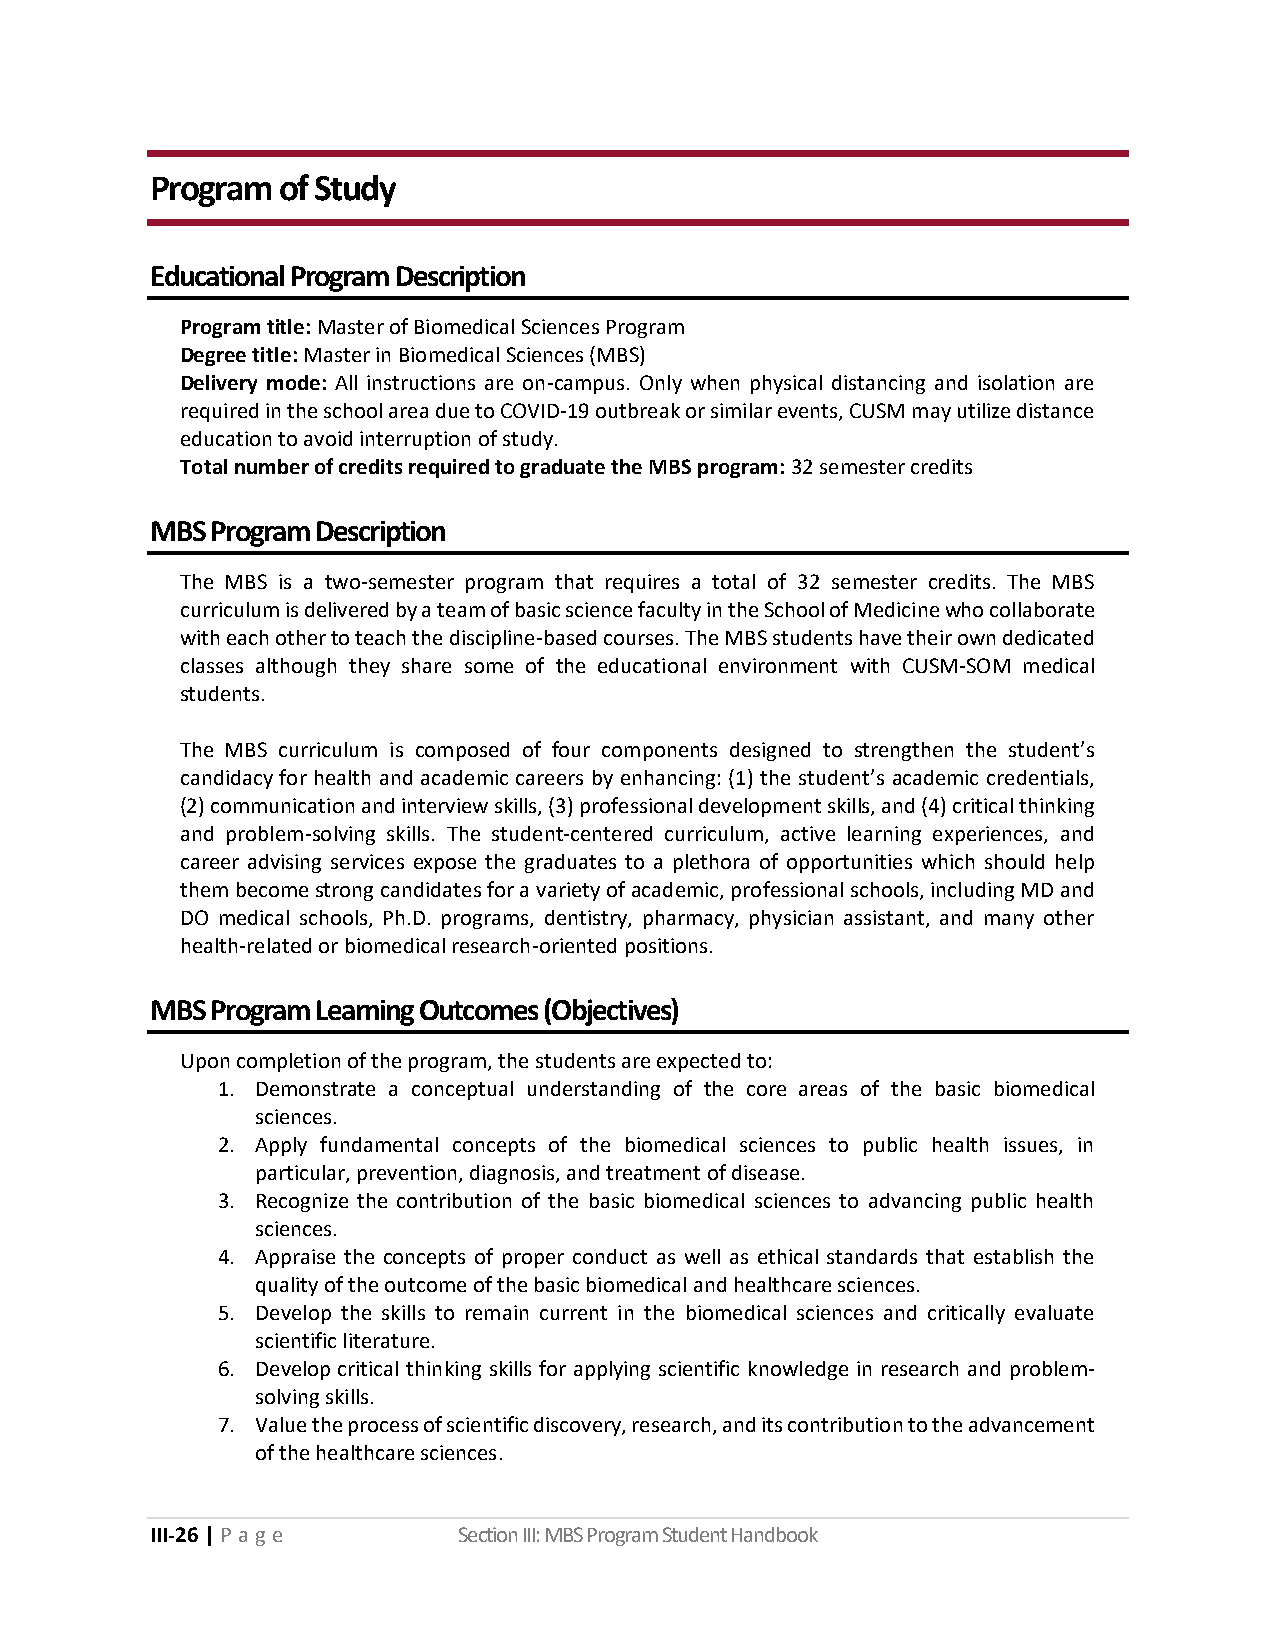
Program of Study
 Educational Program Description
 Program title: Master of Biomedical Sciences Program
 Degree title: Master in Biomedical Sciences (MBS)
 Delivery mode: All instructions are on-campus. Only when physical distancing and isolation are
 required in the school area due to COVID-19 outbreak or similar events, CUSM may utilize distance
 education to avoid interruption of study.
 Total number of credits required to graduate the MBS program: 32 semester credits
 MBS Program Description
 The MBS is a two-semester program that requires a total of 32 semester credits. The MBS
 curriculum is delivered by a team of basic science faculty in the School of Medicine who collaborate
 with each other to teach the discipline-based courses. The MBS students have their own dedicated
 classes although they share some of the educational environment with CUSM-SOM medical
 students.
 The MBS curriculum is composed of four components designed to strengthen the student’s
 candidacy for health and academic careers by enhancing: (1) the student’s academic credentials,
 (2) communication and interview skills, (3) professional development skills, and (4) critical thinking
 and problem-solving skills. The student-centered curriculum, active learning experiences, and
 career advising services expose the graduates to a plethora of opportunities which should help
 them become strong candidates for a variety of academic, professional schools, including MD and
 DO medical schools, Ph.D. programs, dentistry, pharmacy, physician assistant, and many other
 health-related or biomedical research-oriented positions.
 MBS Program Learning Outcomes (Objectives)
 Upon completion of the program, the students are expected to:
 1. Demonstrate a conceptual understanding of the core areas of the basic biomedical
 sciences.
 2. Apply fundamental concepts of the biomedical sciences to public health issues, in
 particular, prevention, diagnosis, and treatment of disease.
 3. Recognize the contribution of the basic biomedical sciences to advancing public health
 sciences.
 4. Appraise the concepts of proper conduct as well as ethical standards that establish the
 quality of the outcome of the basic biomedical and healthcare sciences.
 5. Develop the skills to remain current in the biomedical sciences and critically evaluate
 scientific literature.
 6. Develop critical thinking skills for applying scientific knowledge in research and problem-
 solving skills.
 7. Value the process of scientific discovery, research, and its contribution to the advancement
 of the healthcare sciences.
 III-26 | P a ge     Section III: MBS Program Student Handbook